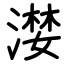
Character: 漤